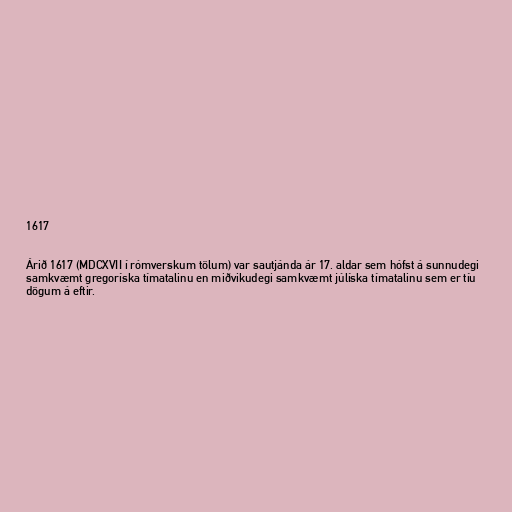
1617

Árið 1617 (MDCXVII í rómverskum tölum) var sautjánda ár 17. aldar sem hófst á sunnudegi
samkvæmt gregoríska tímatalinu en miðvikudegi samkvæmt júlíska tímatalinu sem er tíu
dögum á eftir.